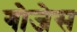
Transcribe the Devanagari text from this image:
गोजेस